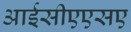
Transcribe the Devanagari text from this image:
आईसीएएसए